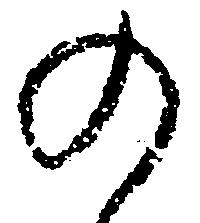
の